Civil Veterinary Department Bihar reports 1936-40 - 1936-1940
Year: 1936
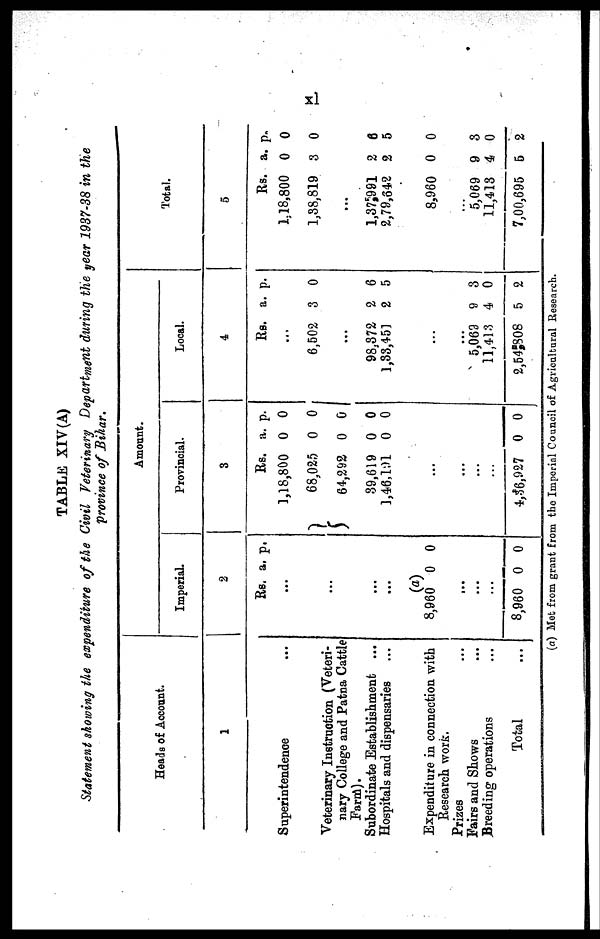
xi
TABLE XIV (A)
Statement showing the expenditure of the Civil Veterinary Department during the year 1937-38 in the
province of Bihar.
Heads of Account.
1
Superintendence ...
Veterinary Instruction (Veteri-
nary College and Patna Cattle
Farm).
Subordinate Establishment ...
Hospitals and dispensaries
Expenditure in connection with
Research work.
Prizes ...
Fairs and Shows ...
Breeding operations ...
Total ...
Amount.
Imperial.
2
Rs.
...
...
...
...
a. p.
(a)
8,960
...
...
...
8,960
0
0
0
0
Provincial.
3
Rs.
1,18,800
68,025
64,292
39,619
1,46,191
...
...
...
...
4,36,927
a.
0
0
0
0
0
0
p.
0
0
0
0
0
0
Local.
4
Rs.
...
6,502
...
98,372
1,33,451
...
...
5,069
11,413
2,54,808
a.
3
2
2
9
4
5
p.
0
6
5
3
0
2
Total.
5
Rs.
1,18,800
1,38,819
...
1,37,991
2,79,642
8,960
...
5,069
11,413
7,00,695
a.
0
3
2
2
0
9
4
5
p.
0
0
6
5
0
3
0
2
(a) Met from grant from the Imperial Council or Agricultural Research.